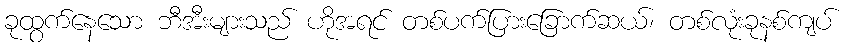
ခုထွက်နေသော ဘီအီးများသည် ဟိုအရင် တစ်ပက်ပြားခြောက်ဆယ်၊ တစ်လုံးခုနစ်ကျပ်